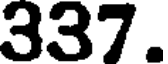
337.